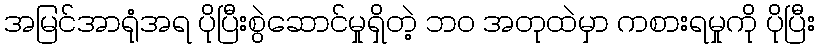
အမြင်အာရုံအရ ပိုပြီးစွဲဆောင်မှုရှိတဲ့ ဘဝ အတုထဲမှာ ကစားရမှုကို ပိုပြီး